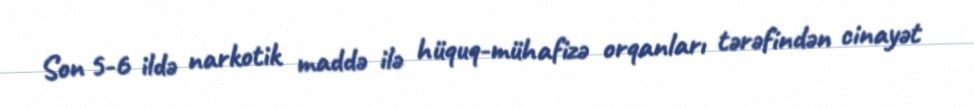
Son 5-6 ildə narkotik maddə ilə hüquq-mühafizə orqanları tərəfindən cinayət